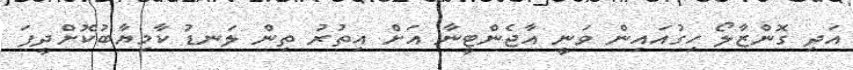
އަދި ގޮންޒާލޯ ހިގުއައިން ވަނީ އާޖެންޓީނާ އަށް އިތުރު ތިން ލަނޑު ކާމިޔާބުކޮށްދީފަ